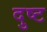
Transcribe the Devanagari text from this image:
दुष्‍ट